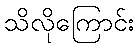
သိလိုကြောင်း